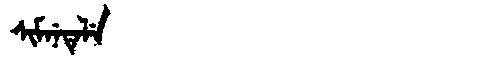
Manchu: ᠰᡳᠮᠨᡝᡨᡝᠯᡝ
Romanization: SIMNETELE